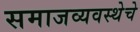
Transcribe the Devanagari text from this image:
समाजव्‍यवस्‍थेचे